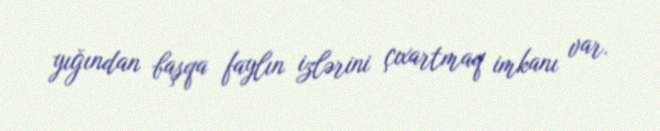
yığından başqa faylın izlərini çıxartmaq imkanı var.